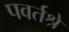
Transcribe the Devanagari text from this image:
पवर्तश्रे